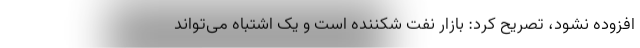
افزوده نشود، تصریح کرد: بازار نفت شکننده است و یک اشتباه می‌تواند